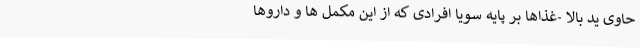
حاوی ید بالا -غذاها بر پایه سویا افرادی که از این مکمل ها و داروها